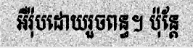
អឺរ៉ុបដោយរួចពន្ធ។ ប៉ុន្តែ